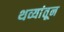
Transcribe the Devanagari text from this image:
थव्यांतून